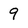
Character: 9